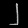
Digit: ၂